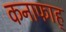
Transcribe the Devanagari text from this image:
कनाफाह्